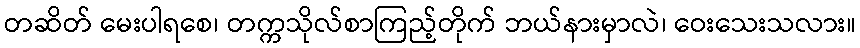
တဆိတ် မေးပါရစေ၊ တက္ကသိုလ်စာကြည့်တိုက် ဘယ်နားမှာလဲ၊ ဝေးသေးသလား။